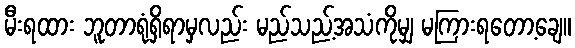
မီးရထား ဘူတာရုံရှိရာမှလည်း မည်သည့်အသံကိုမျှ မကြားရတော့ချေ။